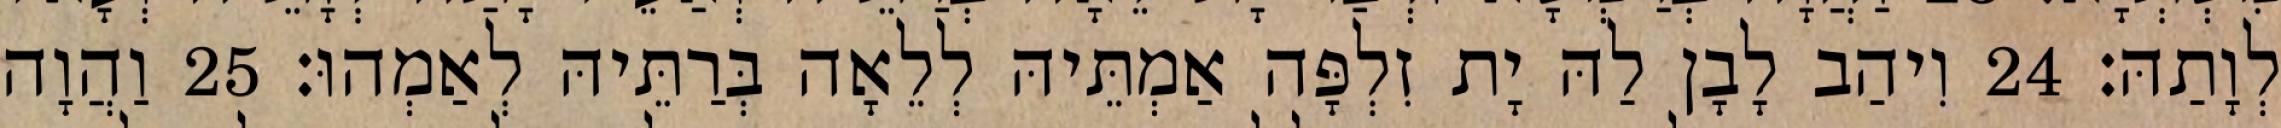
לְוָתַהּ׃ 24 וִיהַב לָבָן לַהּ יָת זִלְפָּה אַמְתֵּיהּ לְלֵאָה בְּרַתֵּיהּ לְאַמְהוּ׃ 25 וַהֲוָה